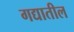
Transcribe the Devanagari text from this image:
गद्यातील